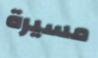
مسيرة